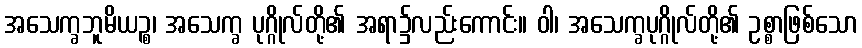
အသေက္ခဘူမိယဉ္စ၊ အသေက္ခ ပုဂ္ဂိုလ်တို့၏ အရာ၌လည်းကောင်း။ ဝါ၊ အသေက္ခပုဂ္ဂိုလ်တို့၏ ဥစ္စာဖြစ်သော